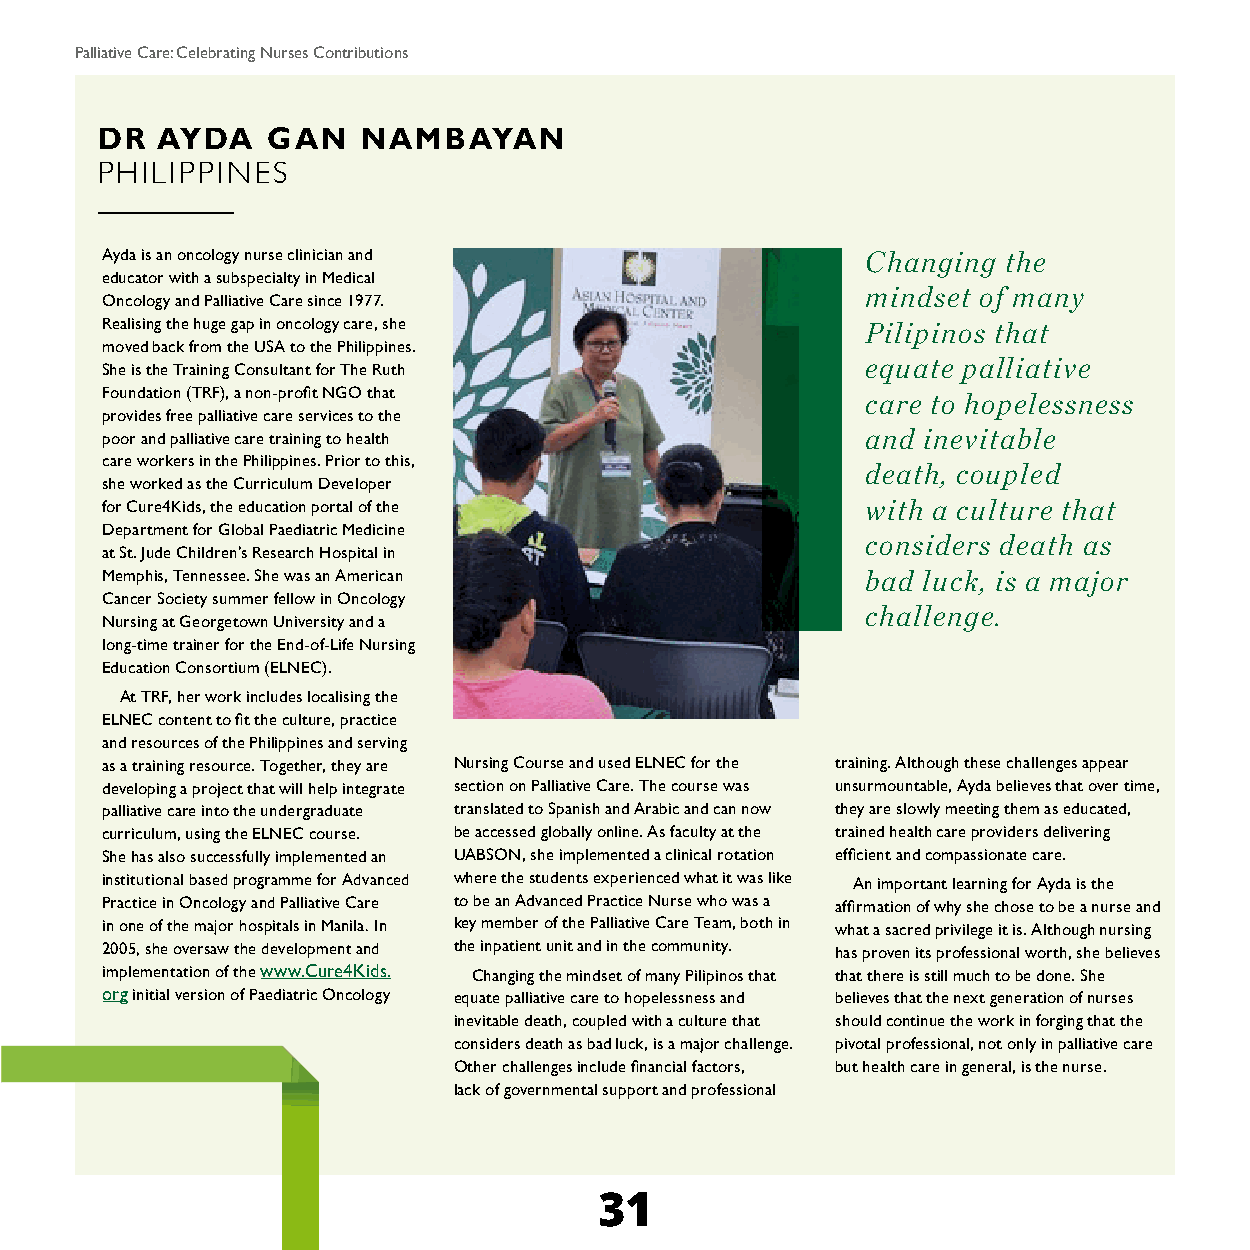
Palliative Care: Celebrating Nurses Contributions
 DR  AYDA    GAN   NAMBAYAN
 PHILIPPINES
 Ayda is an oncology nurse clinician and           Changing  the
 educator with a subspecialty in Medical
 mindset of many
 Oncology and Palliative Care since 1977.
 Realising the huge gap in oncology care, she      Pilipinos that
 moved back from the USA to the Philippines.
 equate palliative
 She is the Training Consultant for The Ruth
 Foundation (TRF), a non-profit NGO that           care to hopelessness
 provides free palliative care services to the
 poor and palliative care training to health       and inevitable
 care workers in the Philippines. Prior to this,
 death, coupled
 she worked as the Curriculum Developer
 for Cure4Kids, the education portal of the        with a culture that
 Department for Global Paediatric Medicine
 considers death as
 at St. Jude Children’s Research Hospital in
 Memphis, Tennessee. She was an American           bad luck, is a major
 Cancer Society summer fellow in Oncology
 challenge.
 Nursing at Georgetown University and a
 long-time trainer for the End-of-Life Nursing
 Education Consortium (ELNEC).
 At TRF, her work includes localising the
 ELNEC content to fit the culture, practice
 and resources of the Philippines and serving
 as a training resource. Together, they are Nursing Course and used ELNEC for the training. Although these challenges appear
 developing a project that will help integrate section on Palliative Care. The course was unsurmountable, Ayda believes that over time,
 palliative care into the undergraduate translated to Spanish and Arabic and can now they are slowly meeting them as educated,
 curriculum, using the ELNEC course. be accessed globally online. As faculty at the trained health care providers delivering
 She has also successfully implemented an UABSON, she implemented a clinical rotation efficient and compassionate care.
 institutional based programme for Advanced where the students experienced what it was like An important learning for Ayda is the
 Practice in Oncology and Palliative Care to be an Advanced Practice Nurse who was a affirmation of why she chose to be a nurse and
 in one of the major hospitals in Manila. In key member of the Palliative Care Team, both in what a sacred privilege it is. Although nursing
 2005, she oversaw the development and the inpatient unit and in the community. has proven its professional worth, she believes
 implementation of the www.Cure4Kids. Changing the mindset of many Pilipinos that that there is still much to be done. She
 org initial version of Paediatric Oncology equate palliative care to hopelessness and believes that the next generation of nurses
 inevitable death, coupled with a culture that should continue the work in forging that the
 considers death as bad luck, is a major challenge. pivotal professional, not only in palliative care
 Other challenges include financial factors, but health care in general, is the nurse.
 lack of governmental support and professional
 31